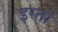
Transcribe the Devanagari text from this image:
इस्तो